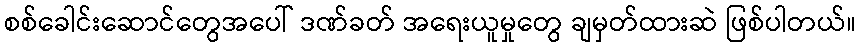
စစ်ခေါင်းဆောင်တွေအပေါ် ဒဏ်ခတ် အရေးယူမှုတွေ ချမှတ်ထားဆဲ ဖြစ်ပါတယ်။